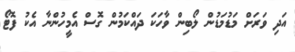
އަދި ވަރަށް މަޑުމަޑުން ލޯބިން ވާހަކަ ދައްކަމުން ގޮސް އެމީހުންނާ އެކު ފޮޓޯ